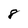
Character: 8